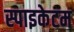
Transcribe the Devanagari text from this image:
स्पाइकेटम